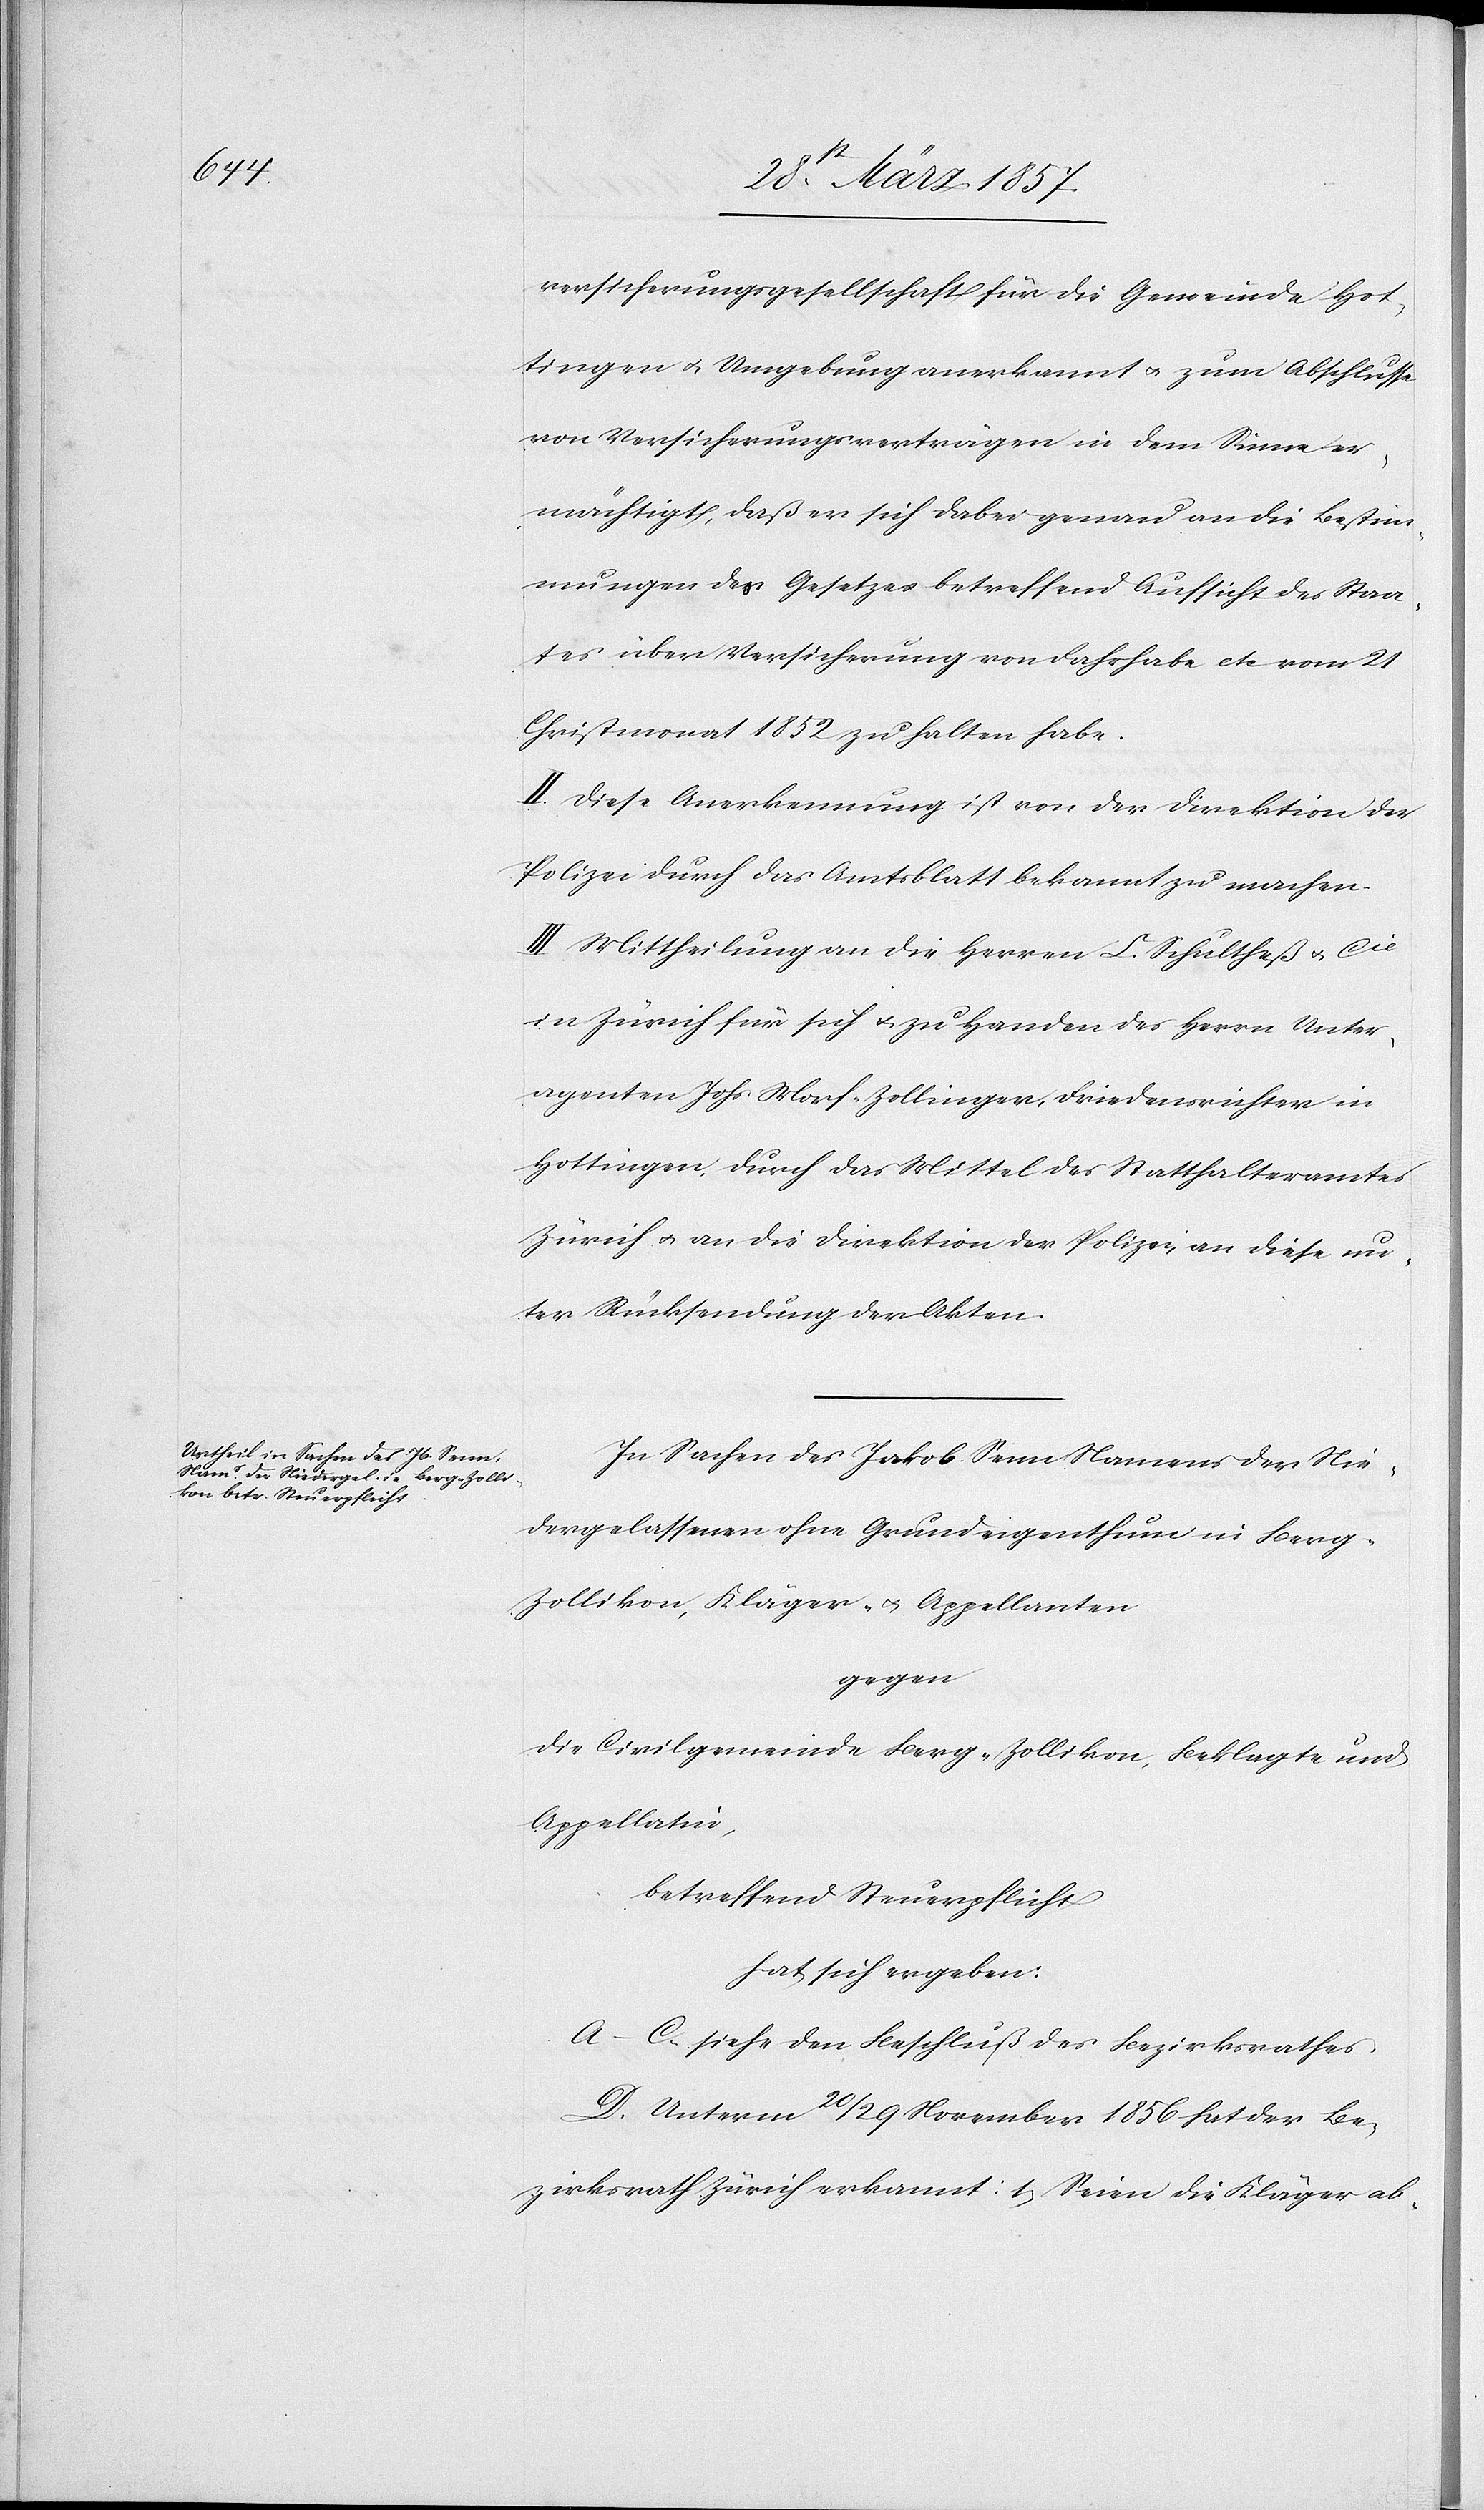
versicherungsgesellschaft für die Gemeinde Hot¬
tingen u. Umgebung anerkannt u. zum Abschlusse
von Versicherungsverträgen in dem Sinne er¬
mächtigt, daß er sich dabei genau an die Bestim¬
mungen des Gesetzes betreffend Aufsicht des Staa¬
tes über Versicherung von Fahrhabe etc. vom 21
Christmonat 1852 zu halten habe.
II. Diese Anerkennung ist von der Direktion der
Polizei durch das Amtsblatt bekannt zu machen.
III. Mittheilung an die Herren C. Schultheß u. Cie
in Zürich für sich u. zu Handen des Herrn Unter¬
agenten Johs. Morf-Zollinger, Friedensrichter in
Hottingen, durch das Mittel des Statthalteramtes
Zürich u. an die Direktion der Polizei, an diese un¬
ter Rücksendung der Akten.
In Sachen des Jakob Senn Namens der Nie¬
dergelassenen ohne Grundeigenthum in Berg-Z¬
ollikon, Kläger u. Appellanten
gegen
die Civilgemeinde Berg-Zollikon, Beklagte und
Appellatin,
betreffend Steuerpflicht
hat sich ergeben:
A–C. siehe den Beschluß des Bezirksrathes
D. Unterm 20/29 November 1856 hat der Be¬
zirksrath Zürich erkannt: 1. Seien die Kläger ab-